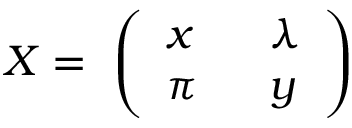
X = \ \left( \begin{array} { l l } { { x \ \ } } & { { \lambda } } \\ { { \pi \ \ } } & { { y } } \end{array} \right)